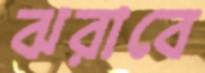
ঝরাবে